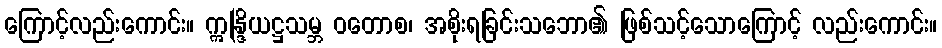
ကြောင့်လည်းကောင်း။ ဣန္ဒြိယဋ္ဌသမ္ဘ ဝတောစ၊ အစိုးရခြင်းသဘော၏ ဖြစ်သင့်သောကြောင့် လည်းကောင်း။